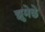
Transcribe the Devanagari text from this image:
झुमेछे